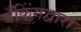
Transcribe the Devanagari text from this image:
बँकिंगद्वारा